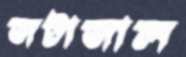
জটাজাল